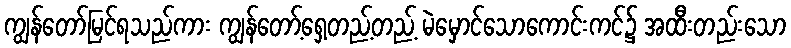
ကျွန်တော်မြင်ရသည်ကား ကျွန်တော့်ရှေ့တည့်တည့် မဲမှောင်သောကောင်းကင်၌ အထီးတည်းသော